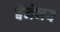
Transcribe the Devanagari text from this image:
बेमेनय